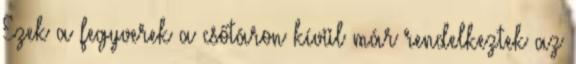
Ezek a fegyverek a csőtáron kívül már rendelkeztek az